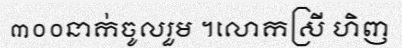
៣០០នាក់ចូលរួម ។លោកស្រី ហិញ